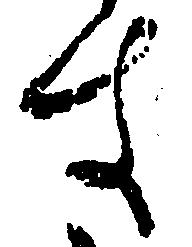
す